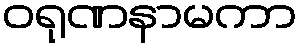
ဝရုဏနာမကာ